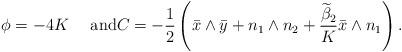
LaTeX: \begin{align*}\phi=-4K \quad\mbox{ and}C=-\frac12\left(\bar x \wedge \bar y +n_1\wedge n_2+\frac {\widetilde \beta_2}{K}\bar x\wedge n_1\right).\end{align*}